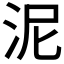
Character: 泥